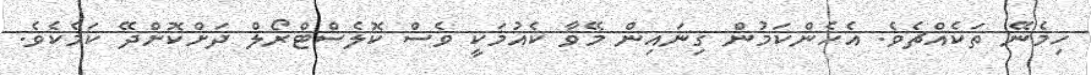
ހިމެނޭ ތަކެއްޗެވެ. އެހެންކަމުން ގިނައިން މޭވާ ކެއުމަކީ ވެސް ކޮލެސްޓްރޯލް ދަށްކޮށްދޭ ކަމެކެވެ.